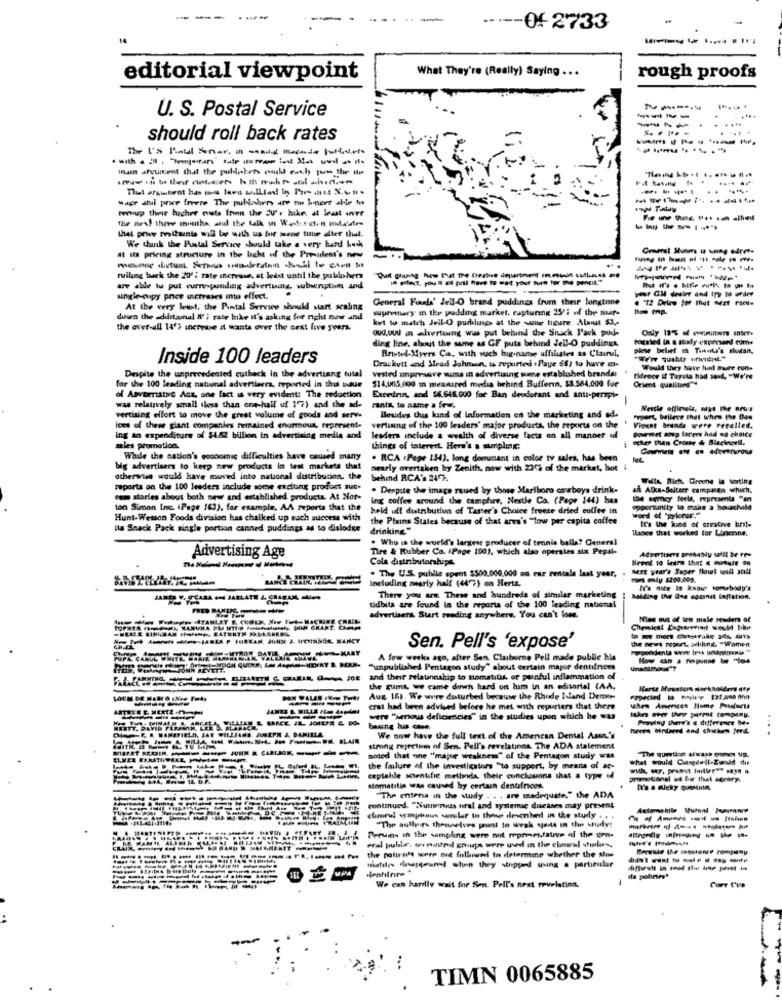
----- 06-2733
What They're (Really) Saying .. .
editorial viewpoint
rough proofs
U. S. Postal Service
----
---...
.....
should roll back rates
The IS Poul Snar in -ait ments post
---
wage sul proe freeze The publaden are no beneer akdie to
mensup their higher custa then the Eu', hike at least over
the new! three months, atul the uik un Wahr-ct. mistr
that prue modants mall be with us for spe time after that.
We thank the Postal Service should take a very bund Luck
at i pricing structure in the licht uf the President's new
-
--------
rulling back the 20 ; rate increase, at least until the publishers
in fect, you " ad just have to eat your turn for the pencil."
are able to put currenspending advertising, suberuption and
your CM desler and try to urder
single-cupy price uscreases into effect.
General Fouds' Jell-O brand puddings from their longtine
. "12 Detre for that Meet ramte
At the very least. the Pintal Service should start scaling
supremacy m the pudding market. capturing 25'; of the mar-
down the additanal & i rate Inke it's asking for nicht now and
ket to match Jell-O puddungs at the wune figure. About $3 ,-
the over-all 14''? increase it wants over the next five years.
Oud,oud in alvertuing wis put behind the Stuck Pack pod-
Only 19% of ourniner anter.
ding line. about the same as GF puts behind Jell-O puddings.
rocaled la a sualy expressed come
Bristol-Myers Ca, with such big-name affiliates as Clairul.
Inside 100 leaders
Drackett and Srad Johmen, ta reported .Paye 68) to have m-
vested impresave suma in advertising sume established brands:
Would they have hul mure cun.
Despite the unprecedented cutback in the advertiang total
$14,005,000 m measured mydia behind Bufferin, $3.584,000 for
fidence If Toyota had said, "We're
Orient qualibird"
for the 100 leading natural advertisers, reported in this issue
of Anvarristas Act, one fact is very evident: The reduction
Excedrin, and $6.646.000 for Ban deodorant and anti-perspi-
-
was relatively small (less than one-half of 1'7) and the ad-
rants, to name a few.
Nestle officiels, says the nous
vertising effort to move the great volume of goods and serv.
Besides this kind of Information on the marketing and ad.
erpert, bellece that when the Bas
loes of these giant companies remained enormous, represent-
vertising of the 100 leaders" major products, the reports on the ' Vinent brende were recalled.
gourmet soup lacer had no choice
ing an expenditure of $4.62 billion in advertising media and
leaders include a wealth of diverse facts on all manner of
other than Crowe & Blacknoell.
sales promotion.
things of interest. Here's a sampling:
While the nation's economic difficulties have caused many
. RCA :Page 154). long domanant in color ty sales, has been
big advertisers to keep new products in test markets that
nearly overtaken by Zenith, now with 23Th of the market, bot :
otherwise would have moved into national dustribution. the
behind RCA's 24%.
Wells, Rich, Greene is werting
reports on the 100 leaders include some exciting product suc-
. Despite the image raued by those Marlboro cowboys drink-
ah ADia-Seitecr campasen which,
osm stories about both new and established products. At Nor-
ing coffee around the camphure, Nestle Co. (Page 244) has
ton Simon Inc. (Page 163). for example, AA reports that the
held uit distribution of Taster's Choice freeze dried coffee in
opportunity to make a bouchald
Hunt-Wesson Foods division has chalked up such success with
the Plains States because of that area's "tow per capita coffee
word of "pylorus."
It's Uwe kind of creative bril-
Its Snack Pack single portion canned puddings as to dislodse
drinking"
Blancs that worked for Linenne,
. Who is the world's lantese producer of tennis balls? General
Advertising Age
Tire & Rubber Co. (Page 100), which also operates six Pepal-
Cola distributorships
Neee 10 letra that & minute on
Advertisers probably will be re-
next your's Super Bowl will still
Including nearly half (447) on Hertz.
The U.S. publle spent $500.000.000 ou car rentals last year,
Ich nice 5 know somebody's
There you are These and hundreds of similar marketing
holding the Bee egarnit inflation.
tidbits are found in the reports of the 100 leading national
advertisers. Start reading anywhere. You can't lose.
Nien out of sen male reader of
Chemical Engrareting would hie
the news report. arkling. "Wamen
Sen. Pell's 'expose'
A few weeks ago, after Sen. Claiborne Pell made public his
"unpublished Pentagon study" about certain major dentifrices
and their selatancship to stomatitis, or painful inflammation of
the gumis, we came dewh hard on ham in an editorial (AA.
Herte Movstern workholders are
----
Aug 16). We were doturbed because the Rhode Island Dennr
expected www 191.000 him
crat had been advised before he met with reporters that there
when American Home Procurta
were "serious deficiencies" in the studies upon which he was
Proving there's a difference be-
baung hua can
turers bindend and chicken fendt
QUE A MANSFIELD, JAY WILLIAMS JUSEPH & DANIELA
We now have the full text of the Amencan Dental Asen.'s
strong rejection of Sen. Pell's revelatings. The ADA statement
noted that one "major weakness" of the Pentagon study was
what would Cunperil-Emdd das
The question always comes up.
the failure of the investigators "to support, by means of ar-
ceptable Mentfic methods their conclusions that a type of
promotional ad for that agrary.
unmatitis was caused by certain dentifross.
""The entera in the study . . . are madequate." the ADA
DE
continued. "Numnemas tral and systemse diseases may present
clamrul wmphaus samlar to these desenhed in the study . . .
"The aullyirs thennedves pent to weak spits in the holy:
Peruis in the sampling were not monmestative of the sen.
eral puldle. wennted groups were uwd in the channel studio,
Because the instance company
the polu-nfs were ned followed in determine whether the stoe
whatiles Masseand when they stopped using a particular
We can hardly wait for Sen. Pell's next revelation.
Corr Cua
L
...
TIMN 0065885
.